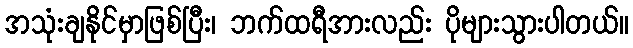
အသုံးချနိုင်မှာဖြစ်ပြီး၊ ဘက်ထရီအားလည်း ပိုများသွားပါတယ်။